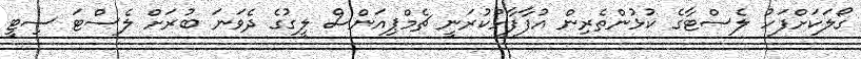
ގޯލަކަށްފަހު ލެސްޓާގެ ކުޅުންތެރިން އުފާފާޅުކުރަނީ ޗެމްޕިއަންސް ލީގުގެ ދެވަނަ ބުރަށް ލެސްޓަ ސިޓީ